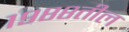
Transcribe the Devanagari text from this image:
१९८८तील